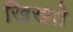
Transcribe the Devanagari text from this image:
खिखते